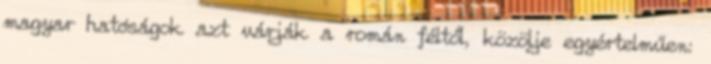
magyar hatóságok azt várják a román féltől, közölje egyértelműen: